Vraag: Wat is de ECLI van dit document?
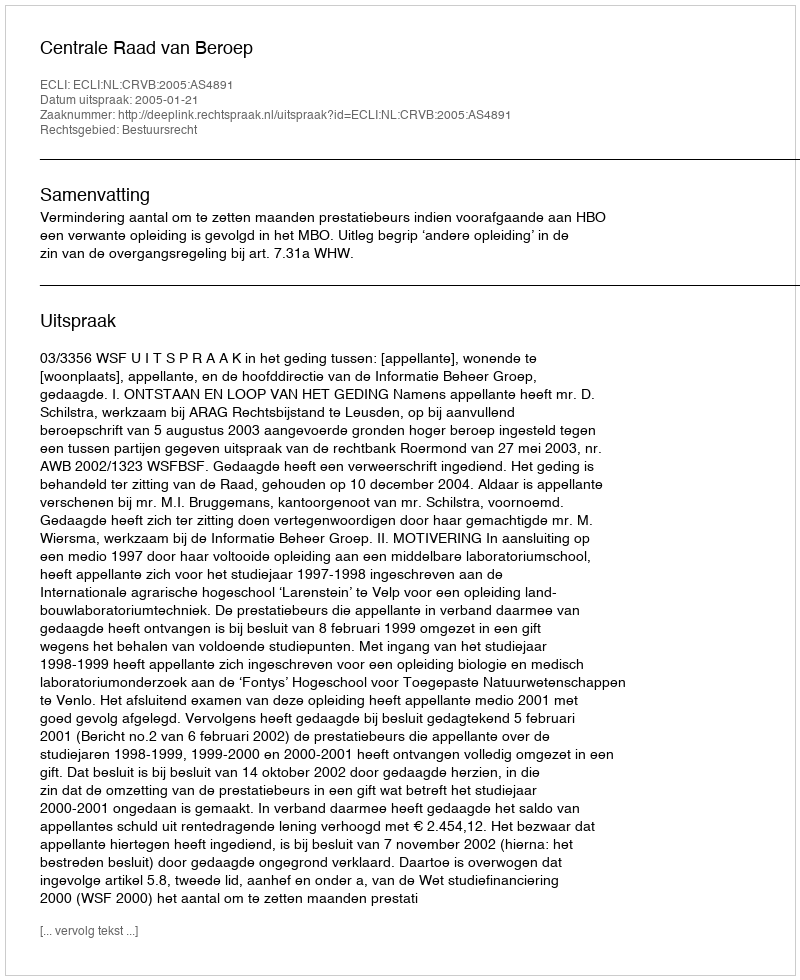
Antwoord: ECLI:NL:CRVB:2005:AS4891